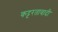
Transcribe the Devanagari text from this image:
कट्टरतावादी